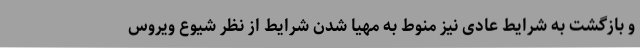
و بازگشت به شرایط عادی نیز منوط به مهیا شدن شرایط از نظر شیوع ویروس